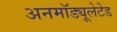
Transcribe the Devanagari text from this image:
अनमॉड्यूलेटेड